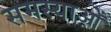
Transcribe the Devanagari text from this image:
समस्याओँ